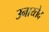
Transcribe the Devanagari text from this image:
उनाय्तेद